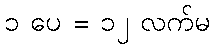
၁ ပေ = ၁၂ လက်မ